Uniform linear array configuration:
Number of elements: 8
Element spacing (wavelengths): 0.5
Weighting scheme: exponential
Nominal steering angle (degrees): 60
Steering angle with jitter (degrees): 61.304
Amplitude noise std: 0.05
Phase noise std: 0.05

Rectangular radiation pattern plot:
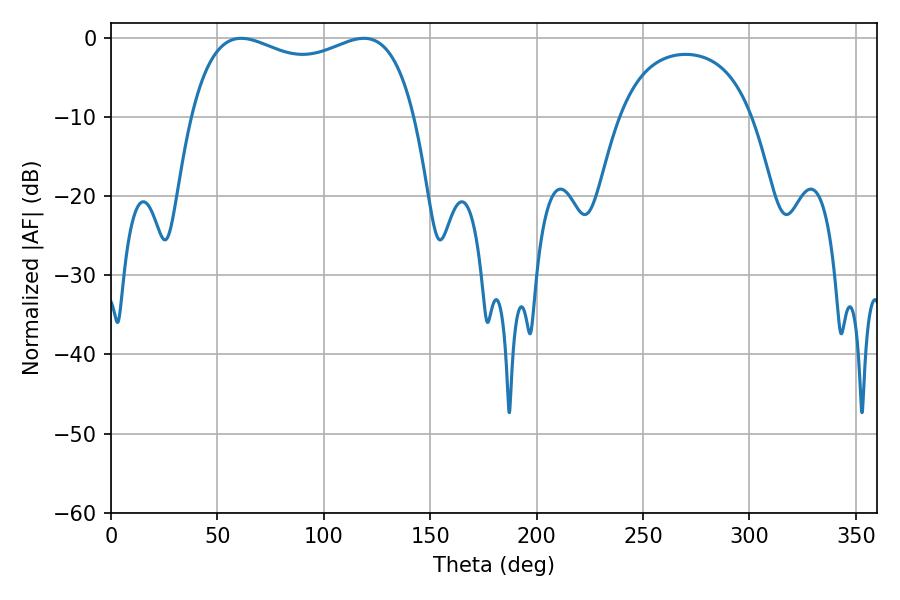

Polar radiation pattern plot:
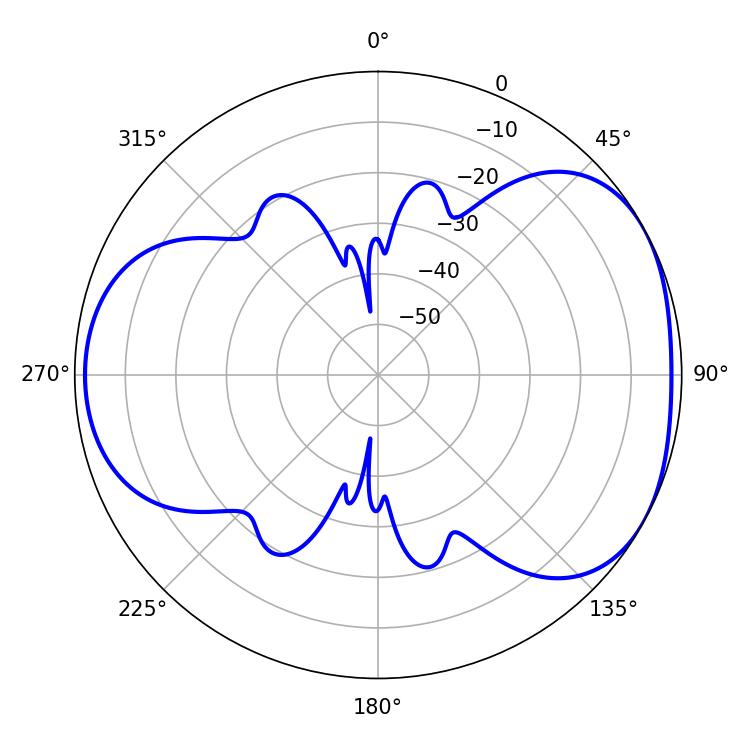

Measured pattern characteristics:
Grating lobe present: FALSE
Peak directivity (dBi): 4.502
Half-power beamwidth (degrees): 86.76
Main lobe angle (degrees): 61.2